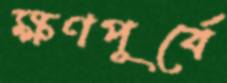
ক্ষণপূর্বে